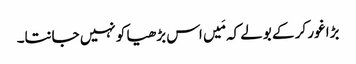
بڑا غور کر کے بولے کہ مَیں اس بڑھیا کو نہیں جانتا۔